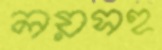
লয়সহ